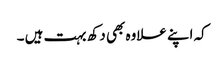
کہ اپنے علاوہ بھی دکھ بہت ہیں ۔